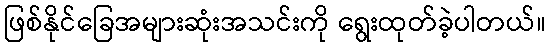
ဖြစ်နိုင်ခြေအများဆုံးအသင်းကို ရွေးထုတ်ခဲ့ပါတယ်။